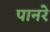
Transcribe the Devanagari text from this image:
पानरे